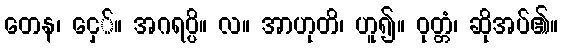
တေန၊ ငှေ်။ အဂရပ္ပိ။ လ။ အာဟုတိ၊ ဟူ၍။ ဝုတ္တံ၊ ဆိုအပ်၏။